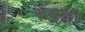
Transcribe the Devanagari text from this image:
रूड़्की